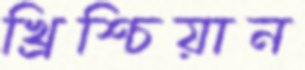
খ্রিশ্চিয়ান